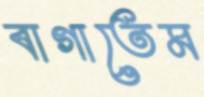
বাগাতেম